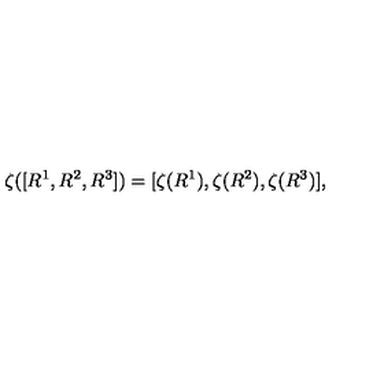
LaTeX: \zeta ( [ R ^ { 1 } , R ^ { 2 } , R ^ { 3 } ] ) = [ \zeta ( R ^ { 1 } ) , \zeta ( R ^ { 2 } ) , \zeta ( R ^ { 3 } ) ] ,